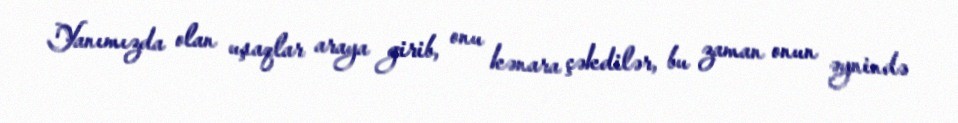
Yanımızda olan uşaqlar araya girib, onu kənara çəkdilər, bu zaman onun əynində